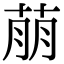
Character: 萠